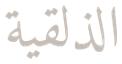
الذلقية